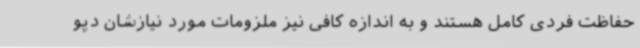
حفاظت فردی کامل هستند و به اندازه کافی نیز ملزومات مورد نیازشان دپو